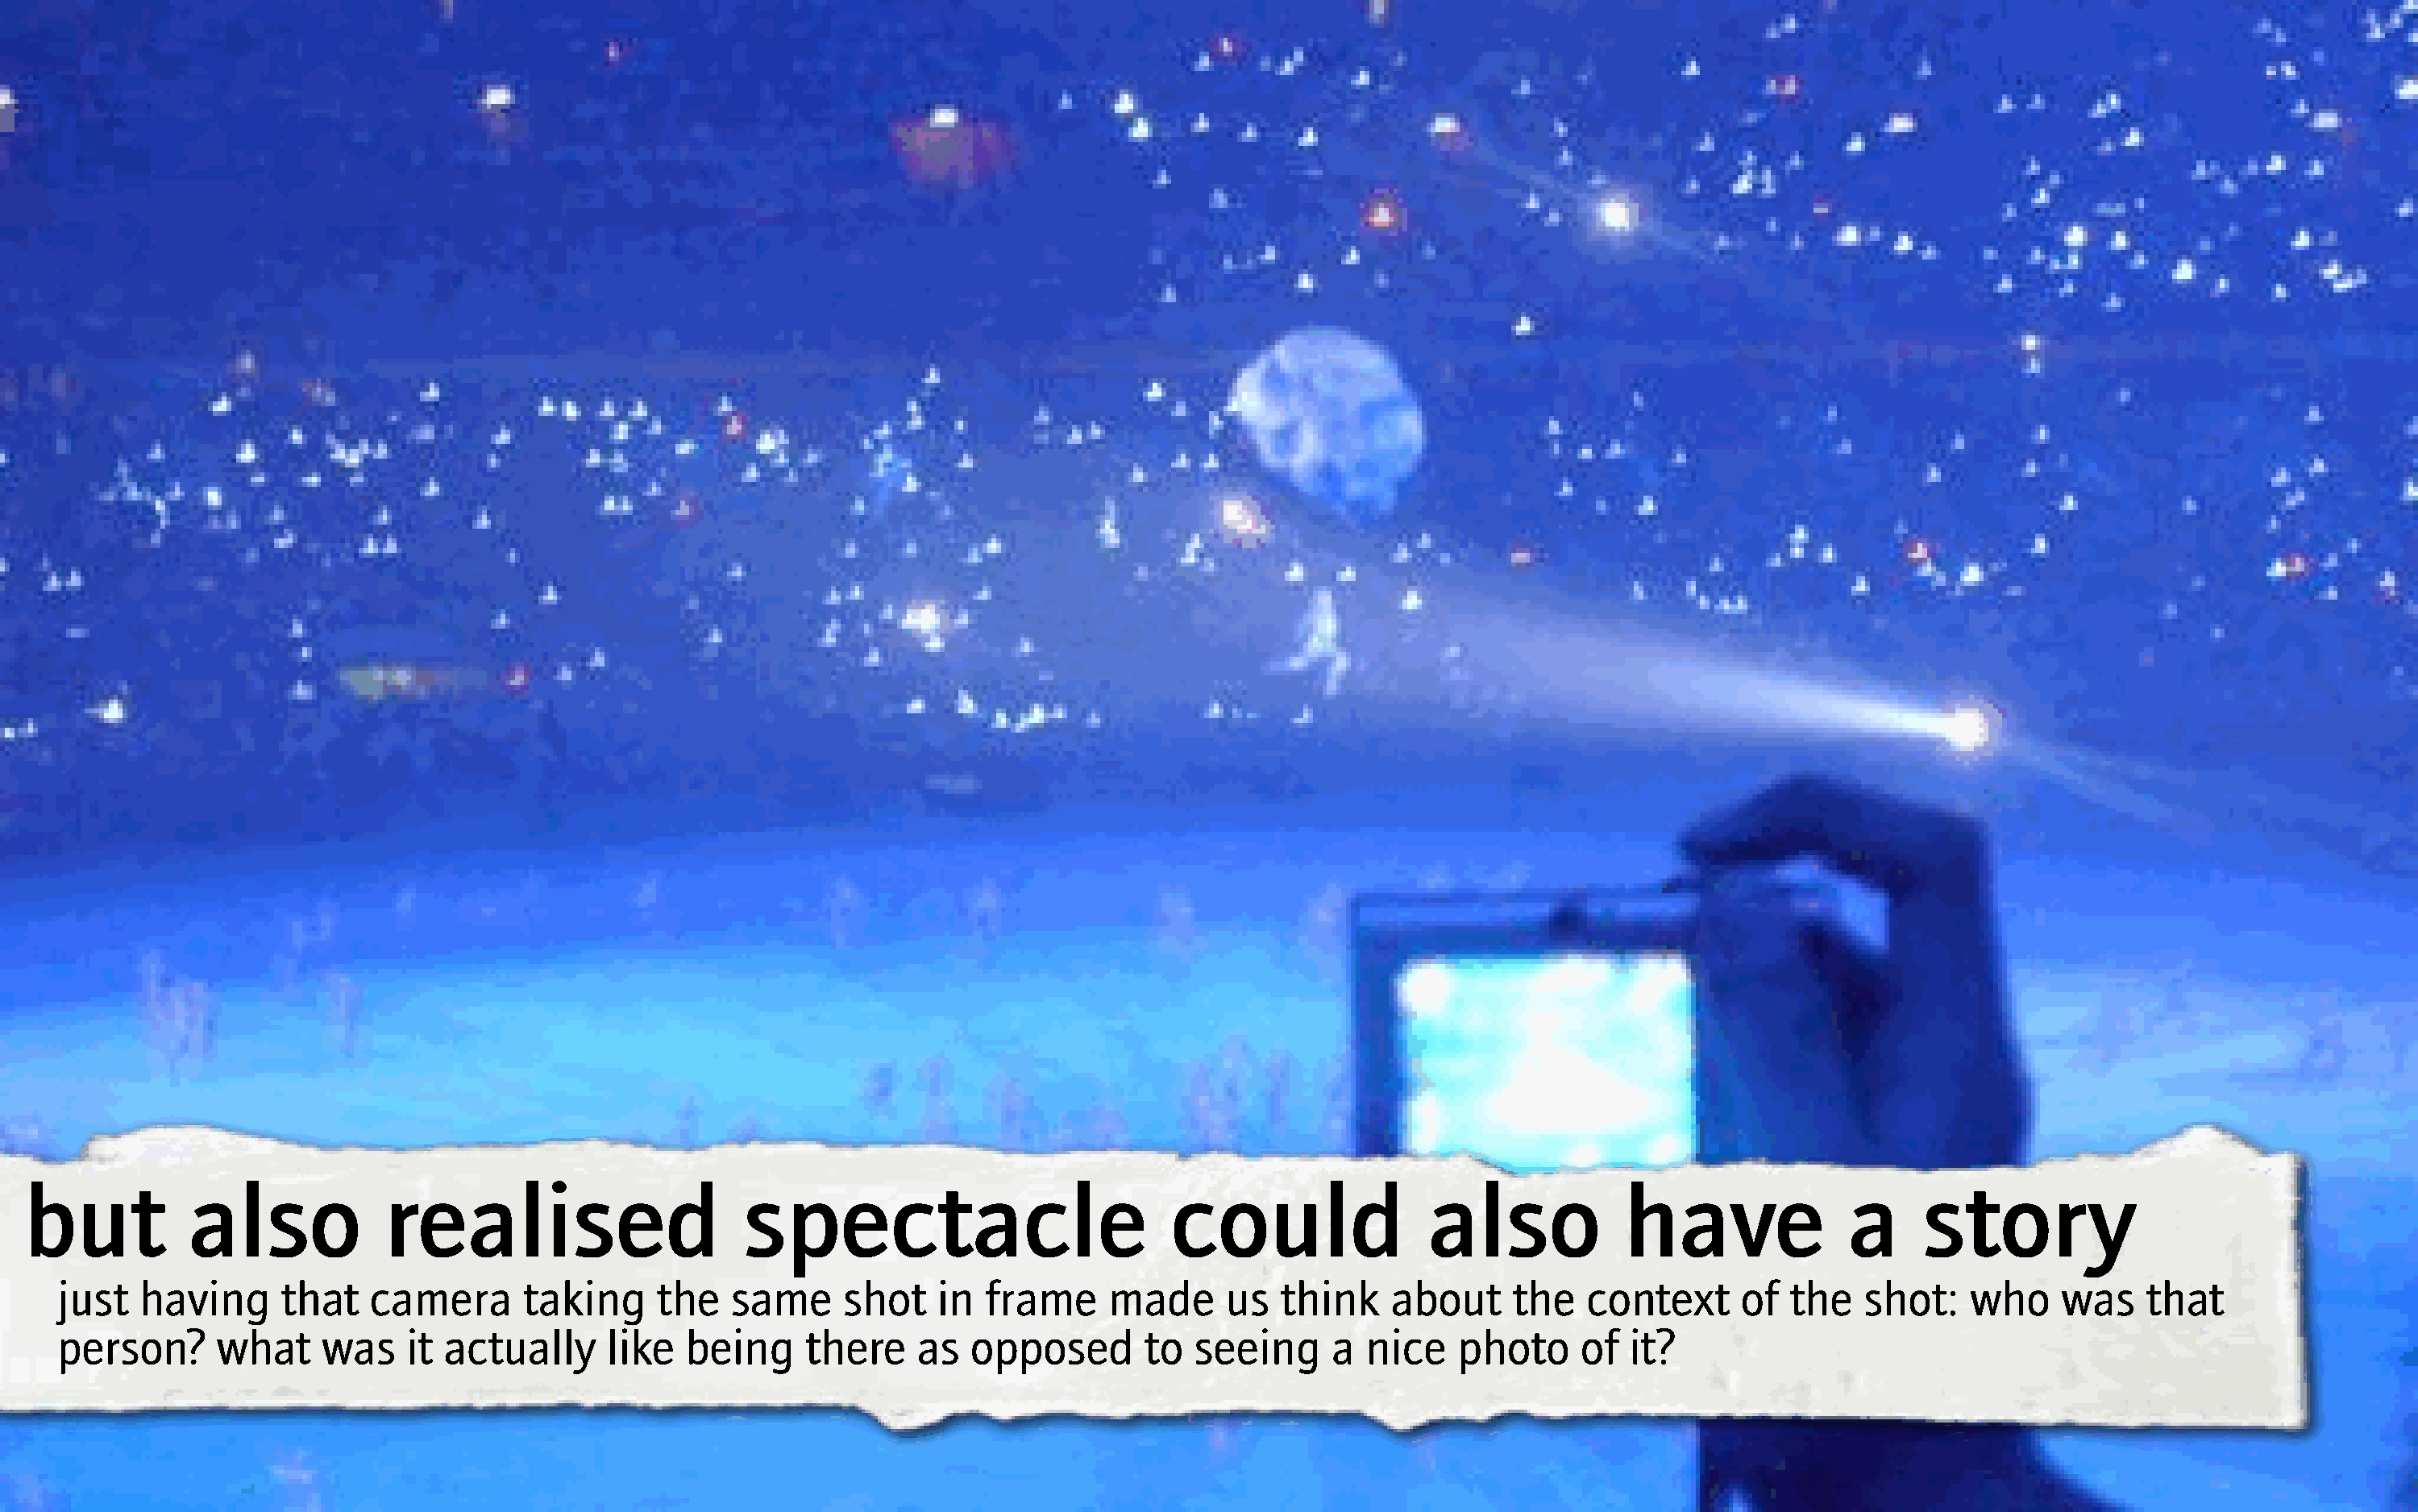
but          also             realised                     spectacle                          could                also            have               a     story
 just  having      that   camera       taking     the   same     shot    in  frame     made      us  think    about     the   context      of  the   shot:    who    was    that
 person?      what    was    it actually      like  being     there    as   opposed       to  seeing     a  nice    photo     of  it?